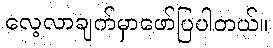
လေ့လာချက်မှာဖော်ပြပါတယ်။